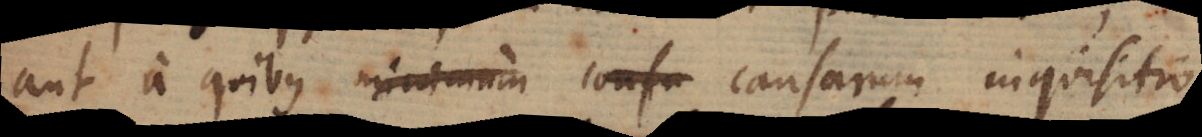
aut a quibus mim causa causarum inquisitio